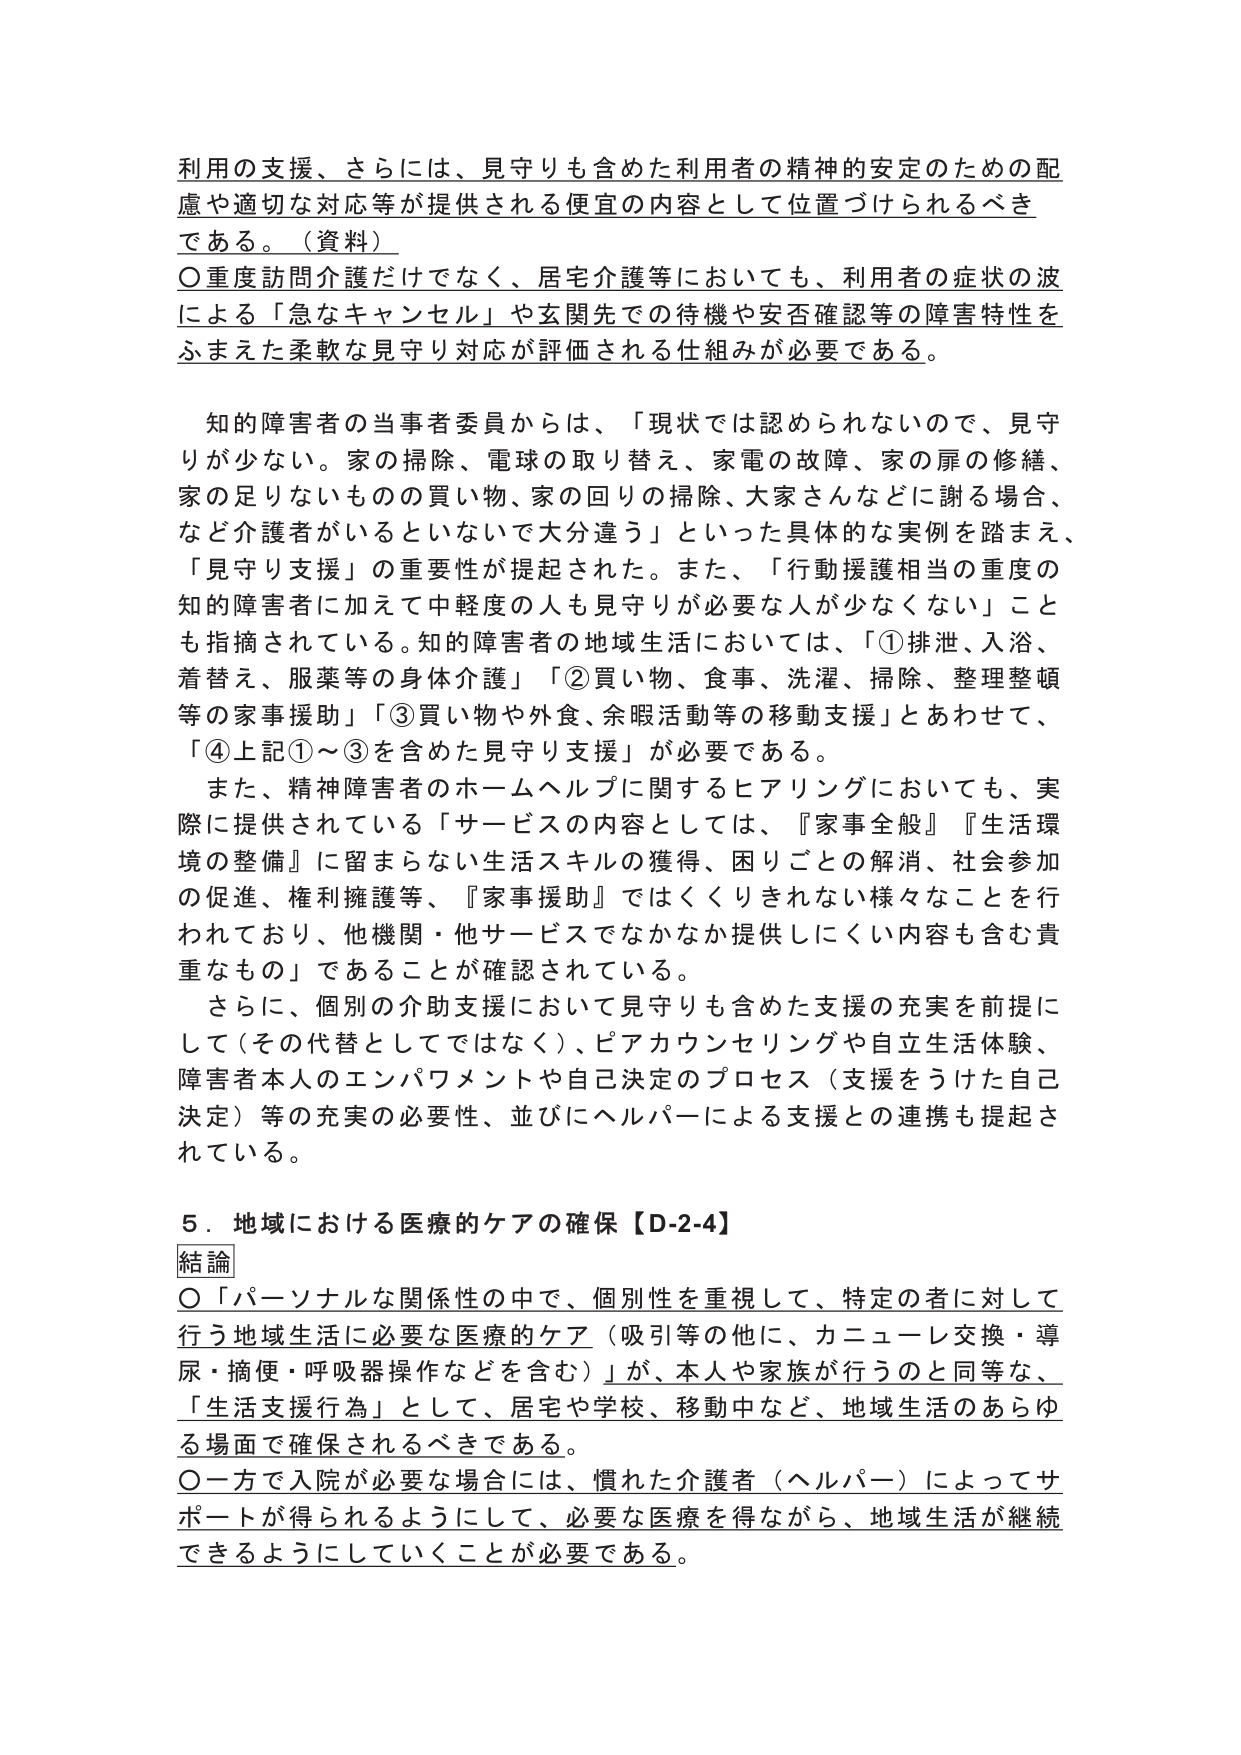
利用の支援、さらには、見守りも含めた利用者の精神的安定のための配
慮や適切な対応等が提供される便宜の内容として位置づけられるべき
である。（資料）
〇重度訪問介護だけでなく、居宅介護等においても、利用者の症状の波
による「急なキャンセル」や玄関先での待機や安否確認等の障害特性を
ふまえた柔軟な見守り対応が評価される仕組みが必要である。

知的障害者の当事者委員からは、「現状では認められないので、見守
りが少ない。家の掃除、電球の取り替え、家電の故障、家の扉の修繕、
家の足りないものの買い物、家の回りの掃除、大家さんなどに謝る場合、
など介護者がいるといないで大分違う」といった具体的な実例を踏まえ、
「見守り支援」の重要性が提起された。また、「行動援護相当の重度の
知的障害者に加えて中軽度の人も見守りが必要な人が少なくない」こと
も指摘されている。知的障害者の地域生活においては、「①排泄、入浴、
着替え、服薬等の身体介護」「②買い物、食事、洗濯、掃除、整理整頓
等の家事援助」「③買い物や外食、余暇活動等の移動支援」とあわせて、
「④上記①～③を含めた見守り支援」が必要である。
また、精神障害者のホームヘルプに関するヒアリングにおいても、実
際に提供されている「サービスの内容としては、『家事全般』『生活環
境の整備』に留まらない生活スキルの獲得、困りごとの解消、社会参加
の促進、権利擁護等、『家事援助』ではくくりきれない様々なことを行
われており、他機関・他サービスでなかなか提供しにくい内容も含む貴
重なもの」であることが確認されている。
さらに、個別の介助支援において見守りも含めた支援の充実を前提に
して（その代替としてではなく）、ピアカウンセリングや自立生活体験、
障害者本人のエンパワメントや自己決定のプロセス（支援をうけた自己
決定）等の充実の必要性、並びにヘルパーによる支援との連携も提起さ
れている。

５．地域における医療的ケアの確保【D-2-4】
結論
〇「パーソナルな関係性の中で、個別性を重視して、特定の者に対して
行う地域生活に必要な医療的ケア（吸引等の他に、カニューレ交換・導
尿・摘便・呼吸器操作などを含む）」が、本人や家族が行うのと同等な、
「生活支援行為」として、居宅や学校、移動中など、地域生活のあらゆ
る場面で確保されるべきである。
〇一方で入院が必要な場合には、慣れた介護者（ヘルパー）によってサ
ポートが得られるようにして、必要な医療を得ながら、地域生活が継続
できるようにしていくことが必要である。